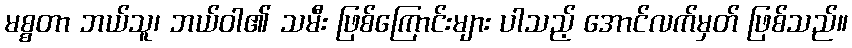
မစ္စတာ ဘယ်သူ၊ ဘယ်ဝါ၏ သမီး ဖြစ်ကြောင်းများ ပါသည့် အောင်လက်မှတ် ဖြစ်သည်။